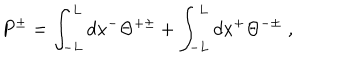
P ^ { \pm } = \int _ { - L } ^ { L } d x ^ { - } \Theta ^ { + \pm } + \int _ { - L } ^ { L } d x ^ { + } \Theta ^ { - \pm } \; ,